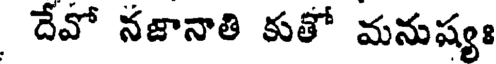
దేవో నజానాతి కుతో మనుష్యః